Civil Veterinary Dept. North-West Frontier Province 1923-32 - 1923-1932
Year: 1923
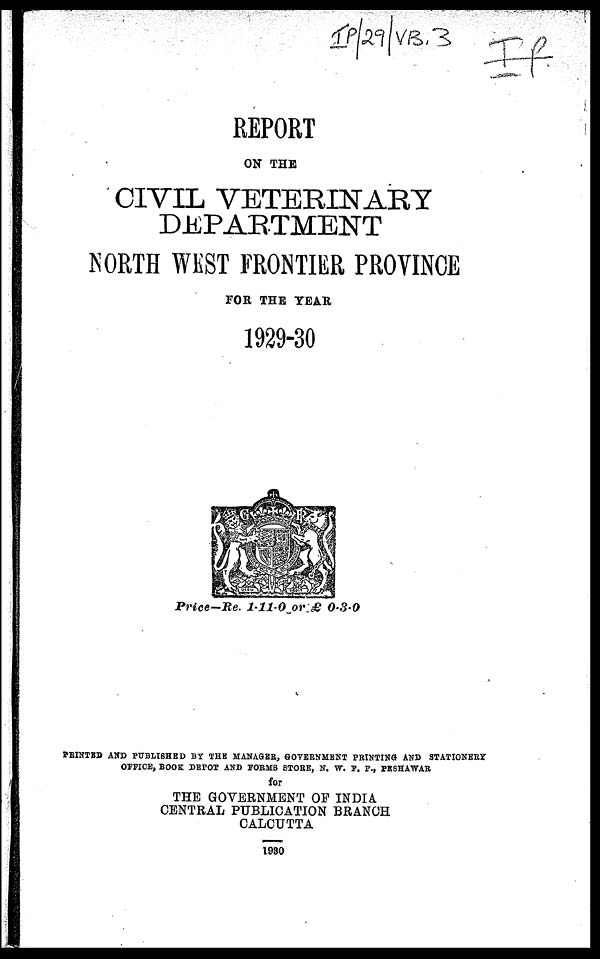
REPORT
ON THE
CIVIL VETERINARY
DEPARTMENT
NORTH WEST FRONTIER PROVINCE
FOR THE YEAR
1929-30
Price-Re. 1-11-0 or £ 0-3-0
PRINTED AND PUBLISHED BY THE MANAGER, GOVERNMENT PRINTING AND STATIONERY
OFFICE, BOOK DEPOT AND FORMS STORE, N. W. F. P., PESHAWAR
for
THE GOVERNMENT OF INDIA
CENTRAL PUBLICATION BRANCH
CALCUTTA
1980